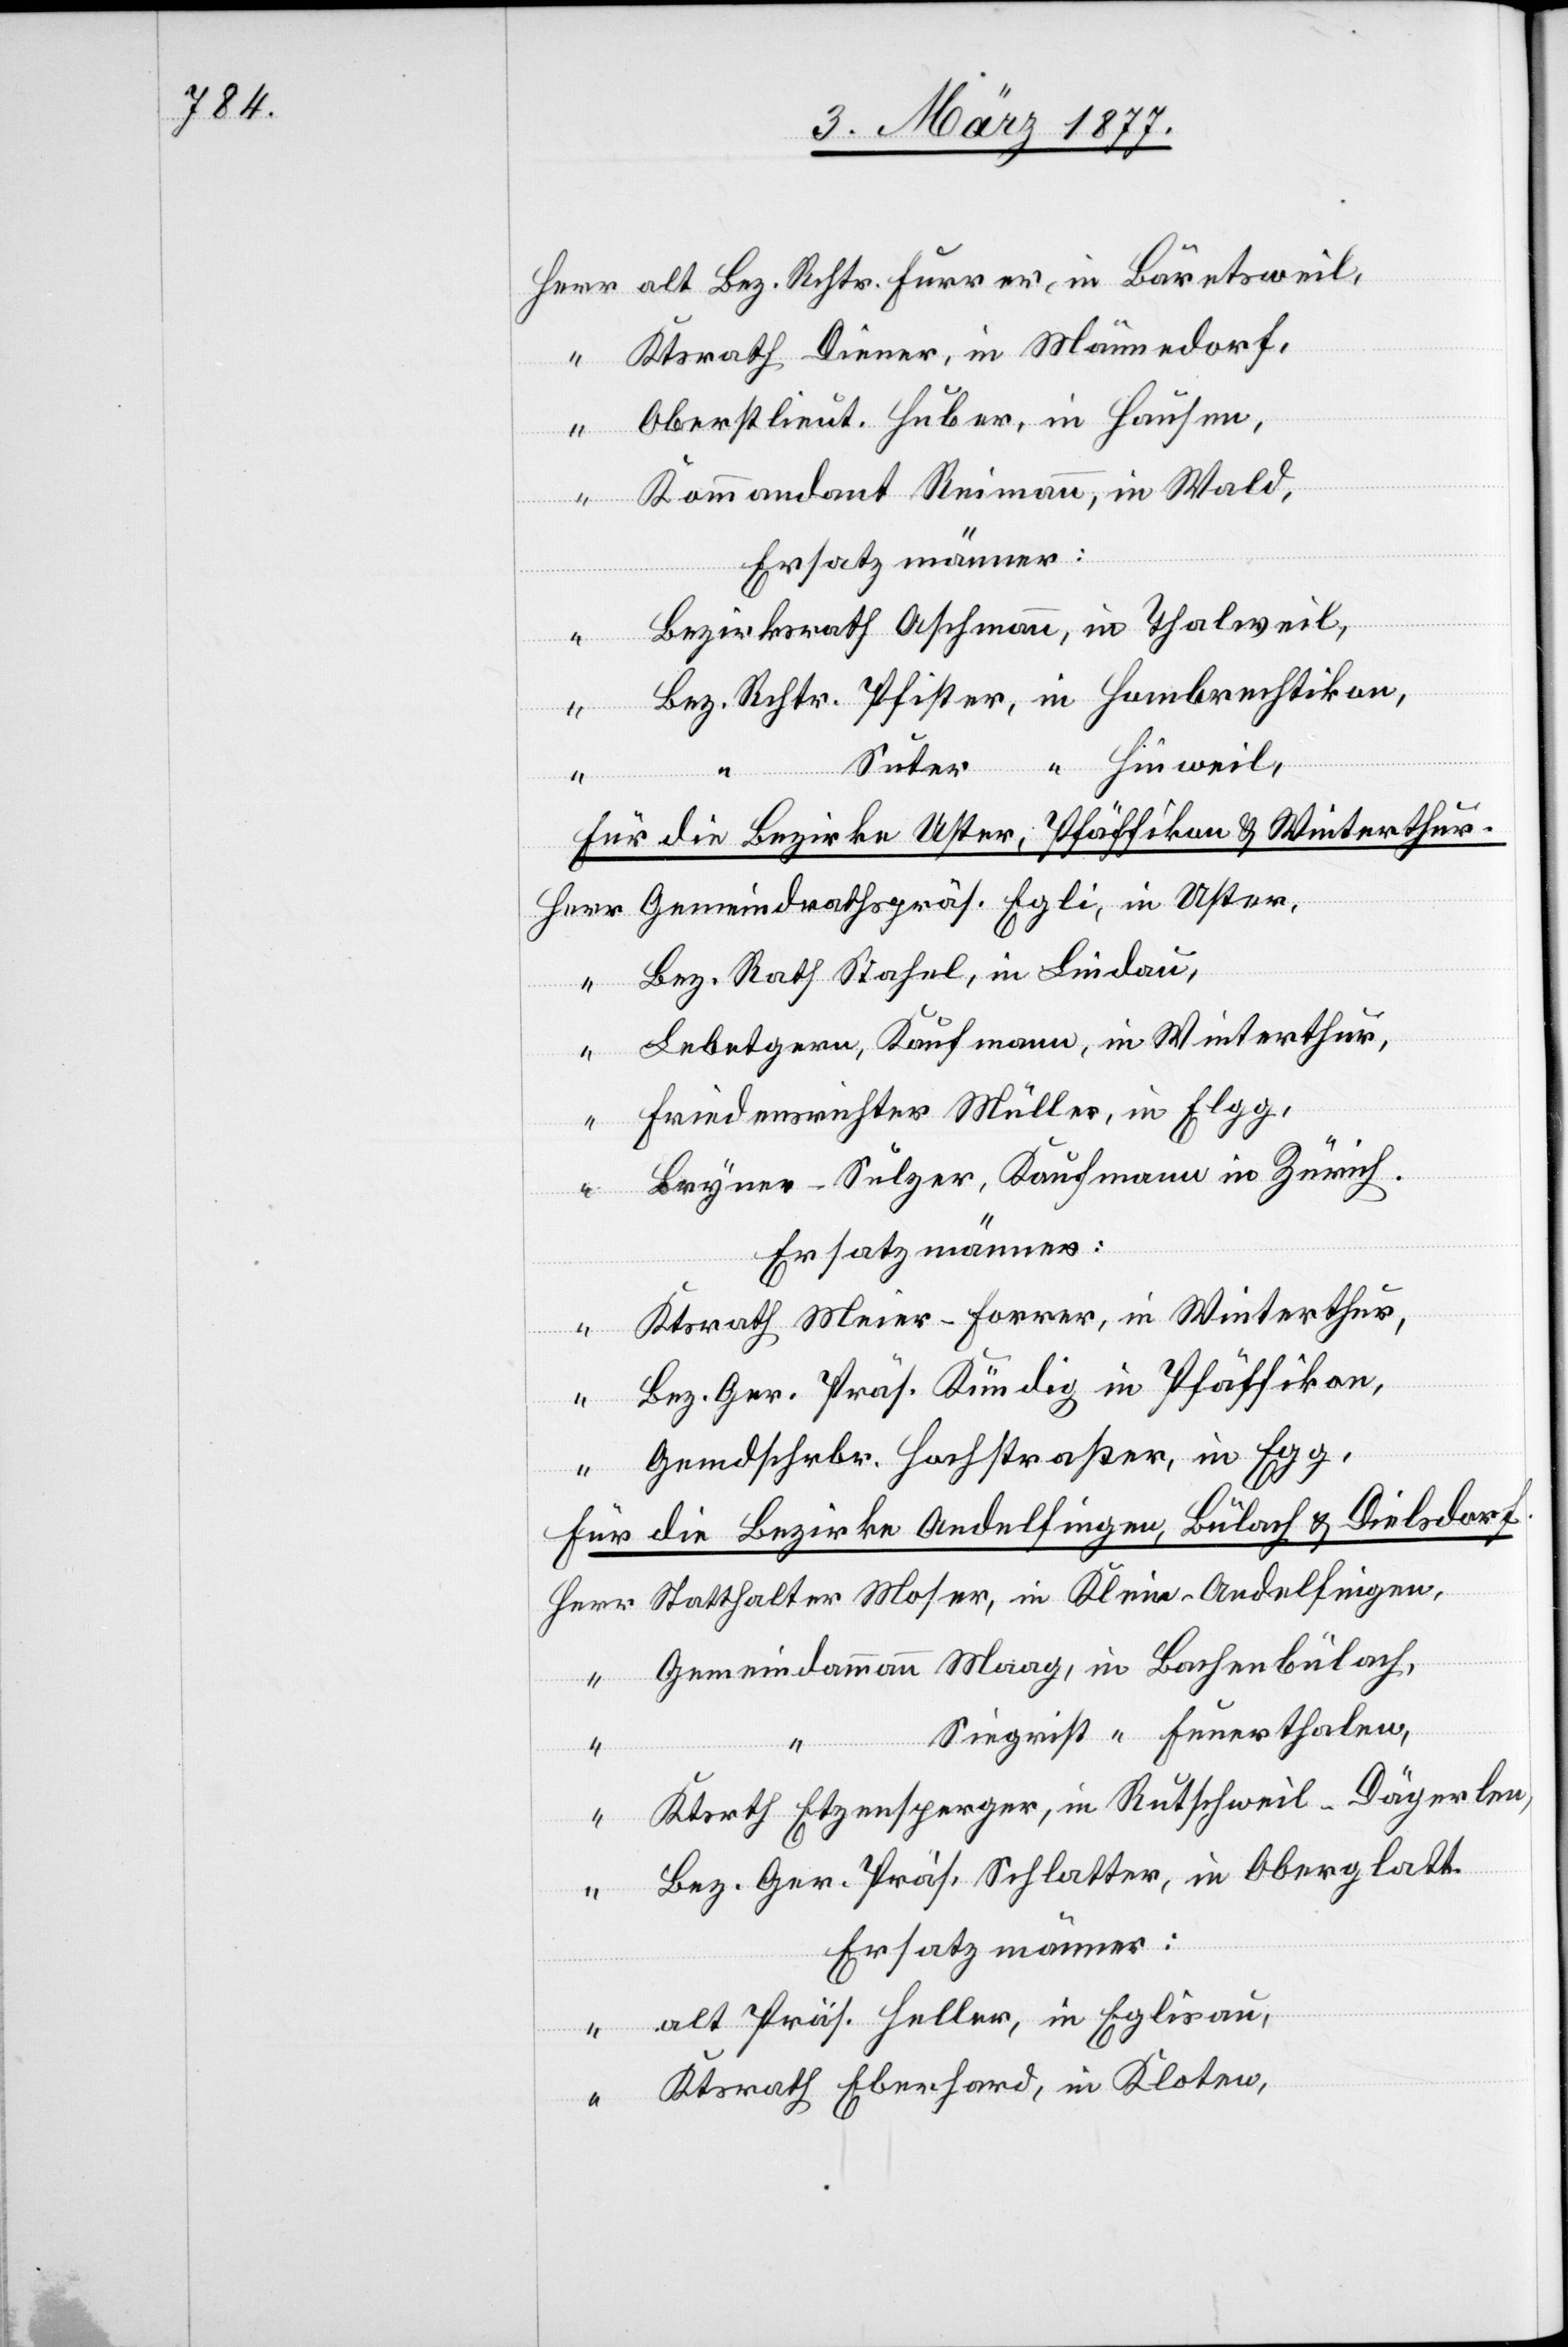
alt Bez. Rchtr. Furrer, in Bärentsweil,
Ktsrath Diener, in Männedorf,
“
Oberstlieut. Huber, in Hausen,
Kommandant Reimann, in Wald,
Ersatzmänner:
Bezirksrath Aschmann, in Thalweil,
“
Bez. Rchtr. Pfister, in Hombrechtikon,
“
“
Suter “ Hinweil,
Für die Bezirke Uster, Pfäffikon & Winterthur:
Gemeindrathspräs. Egli, in Uster,
Bez. Rath Stahel, in Lindau,
Lebetgern, Kaufmann, in Winterthur,
Friedensrichter Müller, in Elgg,
“
Bryner-Sulzer, Kaufmann in Zürich.
Herr
Ersatzmänner:
Ktsrath Meier-Forrer, in Winterthur,
“
Bez. Ger. Präs. Kündig in Pfäffikon,
Gemdschrbr. Hochstraßer, in Egg,
Für die Bezirke Andelfingen, Bülach & Dielsdorf:
Statthalter Moser, in Klein-Andelfingen,
Gemeindammann Maag, in Bachenbülach,
Siegrist “ Feuerthalen,
“
Ktsrth Etzensperger, in Rutschweil-Dägerlen,
“
Bez. Ger. Präs. Schlatter, in Oberglatt.
Ersatzmänner:
alt Präs. Heller, in Eglisau,
Ktsrath Eberhard, in Kloten,